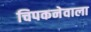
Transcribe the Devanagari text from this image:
चिपकनेवाला